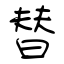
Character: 替